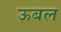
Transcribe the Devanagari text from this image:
ऊबल